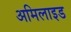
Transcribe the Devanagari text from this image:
अमिलाइड